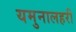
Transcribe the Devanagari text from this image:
यमुनालहरी